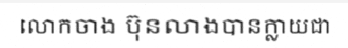
លោកចាង ប៊ុនលាងបានក្លាយជា